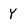
Character: Y